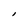
Character: l